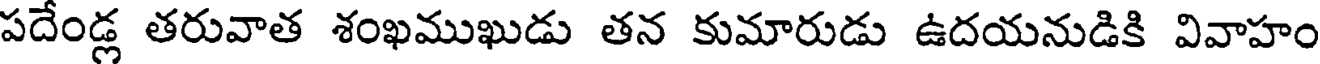
పదేండ్ల తరువాత శంఖముఖుడు తన కుమారుడు ఉదయనుడికి వివాహం